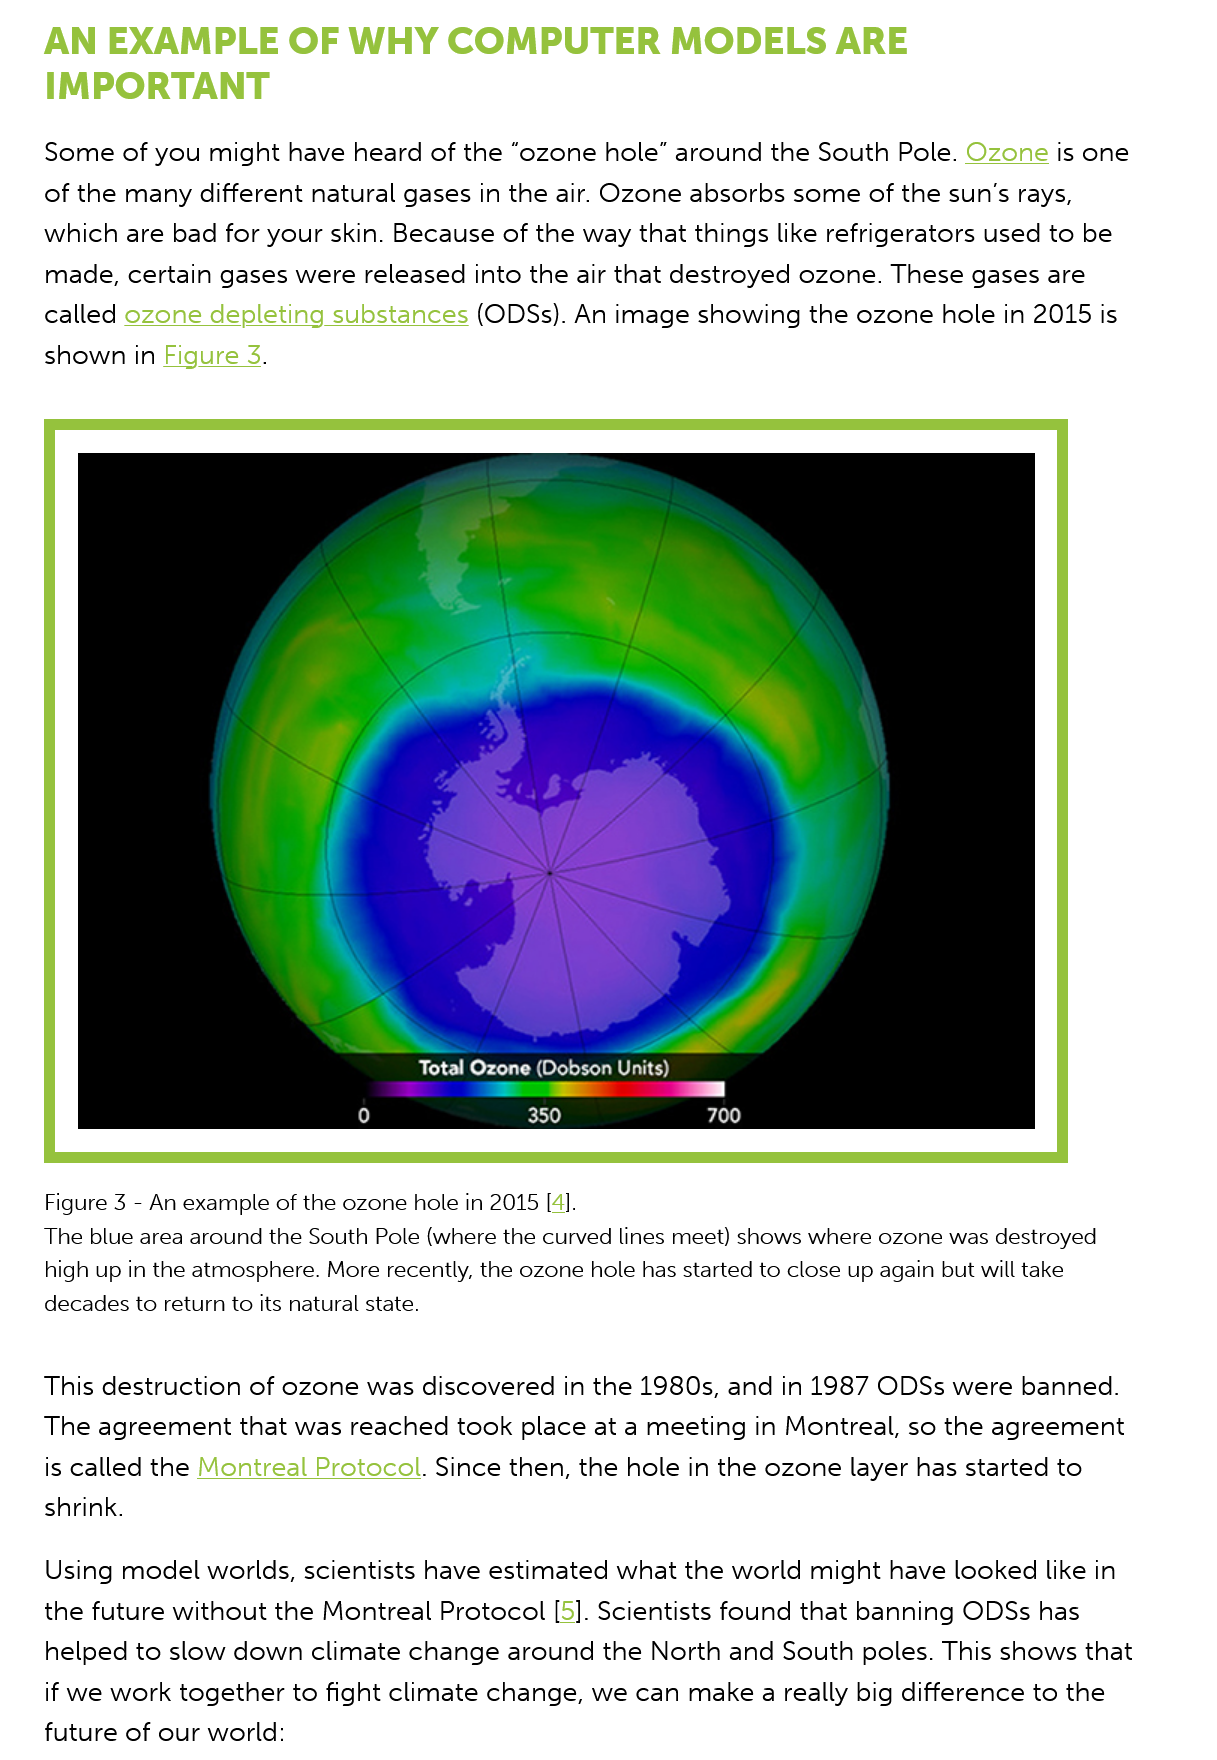
AN   EXAMPLE    OF   WHY    COMPUTER    MODELS    ARE
    IMPORTANT
    Some of  you might  have heard of the “ozone hole” around  the South Pole. Ozone  is one
    of the many  different natural gases in the air. Ozone absorbs some of the sun’s rays,
    which are  bad for your skin. Because of the way that things like refrigerators used to be
    made,  certain gases were released into the air that destroyed ozone. These gases are
    called ozone  depleting substances (ODSs). An image  showing  the ozone  hole in 2015 is
    shown in  Figure 3.
     "Total Ozone (Dobson Units)
     >

     ES
    Figure 3
     -
     An example of the ozone hole in 2015 [4].
    The blue area around the South Pole (where the curved lines meet) shows where ozone was destroyed
    high up in the atmosphere. More recently, the ozone hole has started to close up again but will take
    decades to return to its natural state.
    This destruction of ozone was  discovered in the 1980s, and in 1987 ODSs were  banned.
    The agreement  that was  reached took  place at a meeting in Montreal, so the agreement
    is called the Montreal Protocol. Since then, the hole in the ozone layer has started to
    shrink.
    Using model  worlds, scientists have estimated what the world might have  looked like in
    the future without the Montreal Protocol [5]. Scientists found that banning ODSs has
    helped to slow down climate  change  around  the North and  South poles. This shows that
    if we work together to fight climate change, we can make a  really big difference to the
    future of our world:
     350    700
     Total Ozone (Dobson Units)